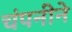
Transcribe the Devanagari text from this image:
चंपनीने